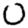
Digit: 0